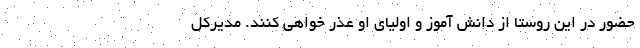
حضور در این روستا از دانش آموز و اولیای او عذر خواهی کنند. مدیرکل